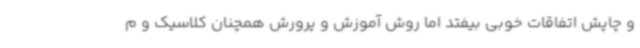
و چاپش اتفاقات خوبی بیفتد اما روش آموزش و پرورش همچنان کلاسیک و م